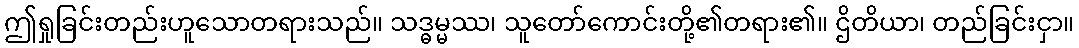
ဤရှုခြင်းတည်းဟူသောတရားသည်။ သဒ္ဓမ္မဿ၊ သူတော်ကောင်းတို့၏တရား၏။ ဌိတိယာ၊ တည်ခြင်းငှာ။